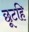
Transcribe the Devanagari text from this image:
छूटहि